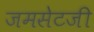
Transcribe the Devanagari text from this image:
जमसेटजी